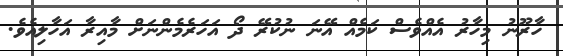
ހާރޫނު މިހާރު އެއްވެސް ކަމެއް އޭނަ ނުކުރޭ ދޯ އަހަރެމެންނަށް މާއިރާ އަހާލިއެވެ.